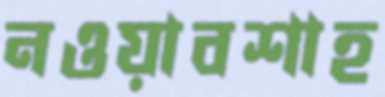
নওয়াবশাহ